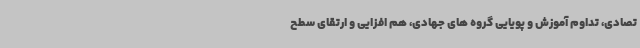
تصادی، تداوم آموزش و پویایی گروه های جهادی، هم افزایی و ارتقای سطح